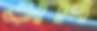
ভাবি